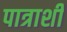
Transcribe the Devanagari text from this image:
पात्राशी